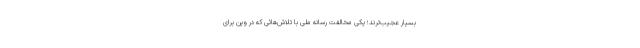
بسیار عجیب‌ترند؛ یکی مخالفت رسانه ملی با تلاش‌هائی که در وین برای